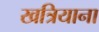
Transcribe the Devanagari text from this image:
खत्रियाना